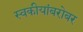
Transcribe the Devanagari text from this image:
स्वकीयांबरोबर